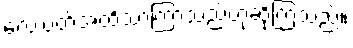
လေးပတ်အထိသာကြာသည်ဟုဆိုကြသည်။